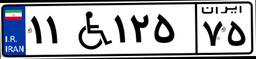
۱۱W۱۲۵۷۵